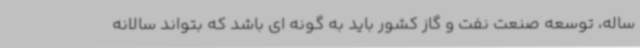
ساله، توسعه صنعت نفت و گاز کشور باید به گونه ای باشد که بتواند سالانه